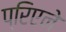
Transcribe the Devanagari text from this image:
प्रिएने